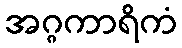
အဂ္ဂကာရိကံ